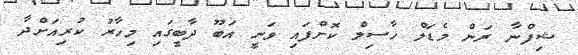
ޝިފްނާ ރަން މެޑަލް ހާސިލް ކޮށްފައި ވަނީ އަބޫ ދާބީގައި މިހާރު ކުރިއަށްދާ